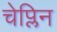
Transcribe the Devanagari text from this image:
चेप्लिन